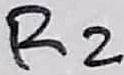
Text: R2